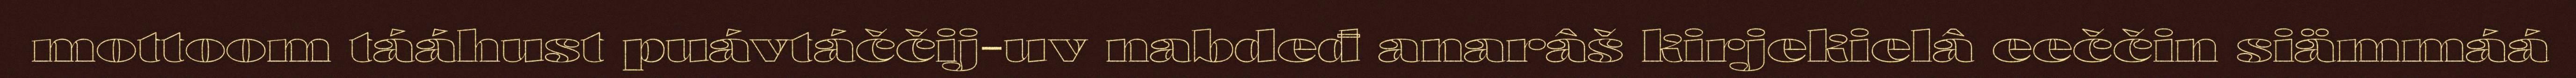
mottoom tááhust puávtáččij-uv nabdeđ anarâš kirjekielâ eeččin siämmáá